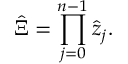
\hat { \Xi } = \prod _ { j = 0 } ^ { n - 1 } \hat { z } _ { j } .